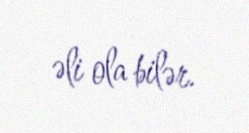
əli ola bilər.